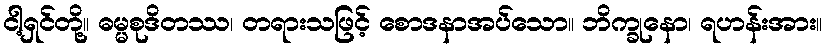
ငါ့ရှင်တို့။ ဓမ္မစုဒိတဿ၊ တရားသဖြင့် စောဒနာအပ်သော။ ဘိက္ခုနော၊ ရဟန်းအား။